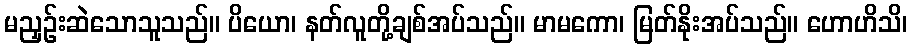
မညှဉ်းဆဲသောသူသည်။ ပိယော၊ နတ်လူတို့ချစ်အပ်သည်။ မာမကော၊ မြတ်နိုးအပ်သည်။ ဟောဟိသိ၊